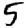
Digit: 5